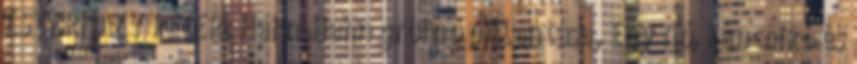
ESTERHÁZY PÉTER: Hahn-Hahn grófnő pillantása, Egy nő, Fancsikó és